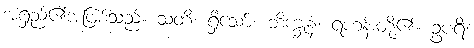
အရှည်၏အဖြစ်သည်။ သတိ၊ ရှိသော်။ ဘိက္ခုနံ၊ ရဟန်းတို့၏။ ဥပရိ၊